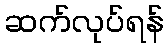
ဆက်လုပ်ရန်